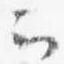
云